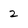
Character: 2